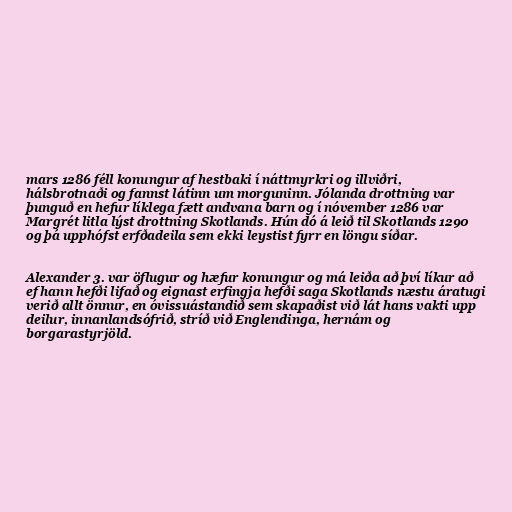
mars 1286 féll konungur af hestbaki í náttmyrkri og illviðri,
hálsbrotnaði og fannst látinn um morguninn. Jólanda drottning var
þunguð en hefur líklega fætt andvana barn og í nóvember 1286 var
Margrét litla lýst drottning Skotlands. Hún dó á leið til Skotlands 1290
og þá upphófst erfðadeila sem ekki leystist fyrr en löngu síðar.

Alexander 3. var öflugur og hæfur konungur og má leiða að því líkur að
ef hann hefði lifað og eignast erfingja hefði saga Skotlands næstu áratugi
verið allt önnur, en óvissuástandið sem skapaðist við lát hans vakti upp
deilur, innanlandsófrið, stríð við Englendinga, hernám og
borgarastyrjöld.